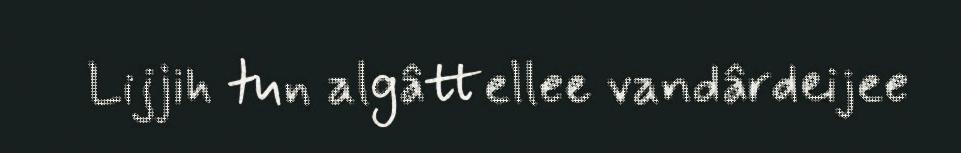
Lijjih tun algâttellee vandârdeijee